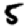
Digit: 5